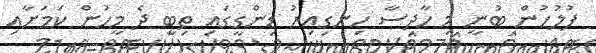
ފުލުހުން ބުނީ މި ހާދިސާ ހިނގިއިރު ޑިންގީގައި ތިބީ ދެ މީހުން ކަމަށާއި